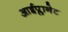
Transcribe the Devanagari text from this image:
आईप्लानेट